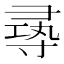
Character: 㝷